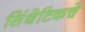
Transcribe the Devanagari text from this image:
सिंथेटिकचे